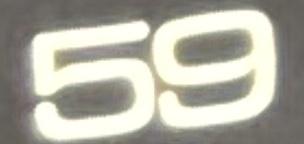
59